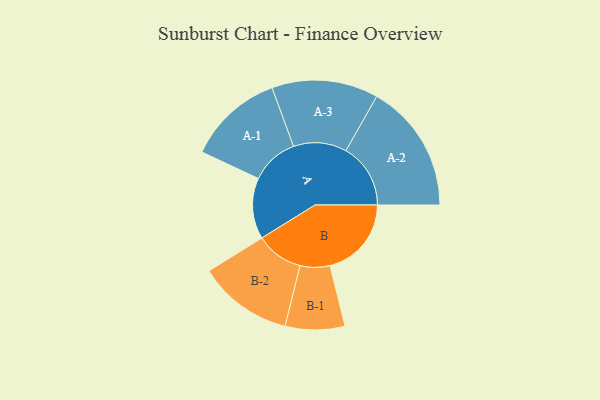
{"axis": {"x": "Segment", "y": "Value"}, "legend": ["", "A", "B"], "data": [{"x": "A", "y": 262, "type": ""}, {"x": "B", "y": 350, "type": ""}, {"x": "A-1", "y": 206, "type": "A"}, {"x": "A-2", "y": 278, "type": "A"}, {"x": "A-3", "y": 229, "type": "A"}, {"x": "B-1", "y": 128, "type": "B"}, {"x": "B-2", "y": 204, "type": "B"}]}